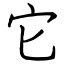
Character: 它